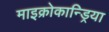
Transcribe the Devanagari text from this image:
माइक्रोकान्ड्रिया